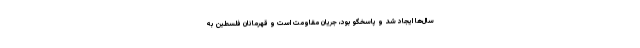
سال‌ها ایجاد شد و پاسخگو بود، جریان مقاومت است و قهرمانان فلسطین به